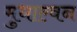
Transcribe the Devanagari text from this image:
मुधाल्वन